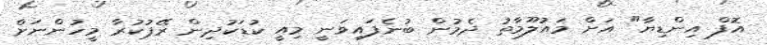
އޮފް އިންޑިޔާ" އަށް މައުލޫމާތު ދެމުން ބުނެފައިވަނީ މިއީ ކުޑަކުދިން ރޭޕުކުރާ މީހުންނަށް